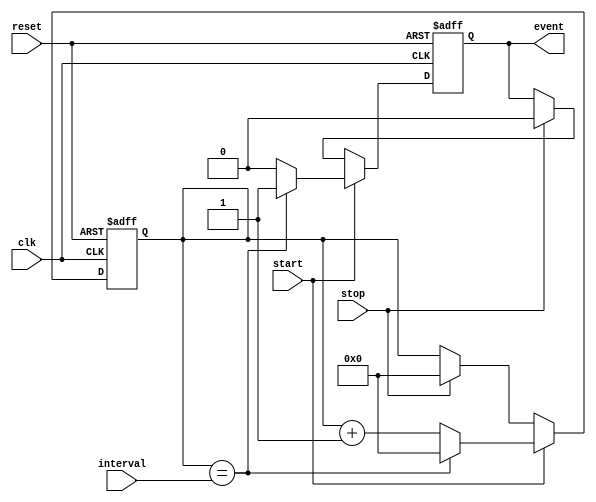
module event_timer(
    input wire clk,
    input wire reset,
    input wire start,
    input wire stop,
    input wire [31:0] interval,
    output reg event
);

reg [31:0] counter;

always @(posedge clk or posedge reset) begin
    if(reset) begin
        counter <= 32'd0;
        event <= 1'b0;
    end else begin
        if(start) begin
            if(counter == interval) begin
                event <= 1'b1;
                counter <= 32'd0;
            end else begin
                event <= 1'b0;
                counter <= counter + 1;
            end
        end else if(stop) begin
            counter <= 32'd0;
            event <= 1'b0;
        end
    end
end

endmodule